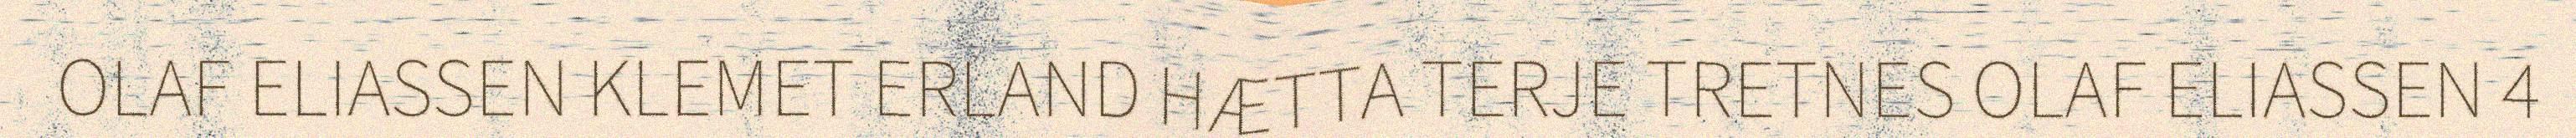
OLAF ELIASSEN KLEMET ERLAND HÆTTA TERJE TRETNES OLAF ELIASSEN 4